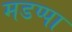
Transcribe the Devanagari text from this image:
मडप्पा